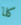
كلا